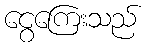
ငွေကြေးသည်